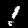
Digit: 1